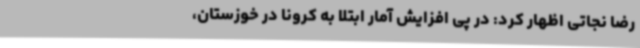
رضا نجاتی اظهار کرد: در پی افزایش آمار ابتلا به کرونا در خوزستان،